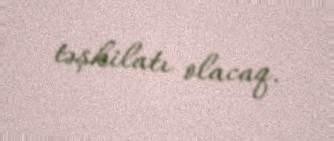
təşkilatı olacaq.